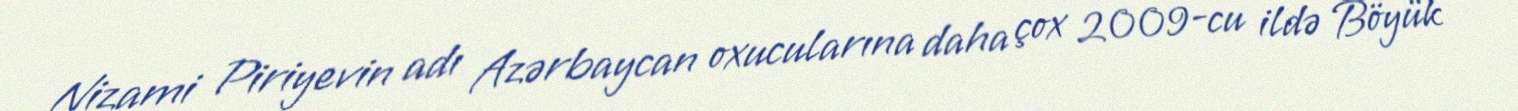
Nizami Piriyevin adı Azərbaycan oxucularına daha çox 2009-cu ildə Böyük